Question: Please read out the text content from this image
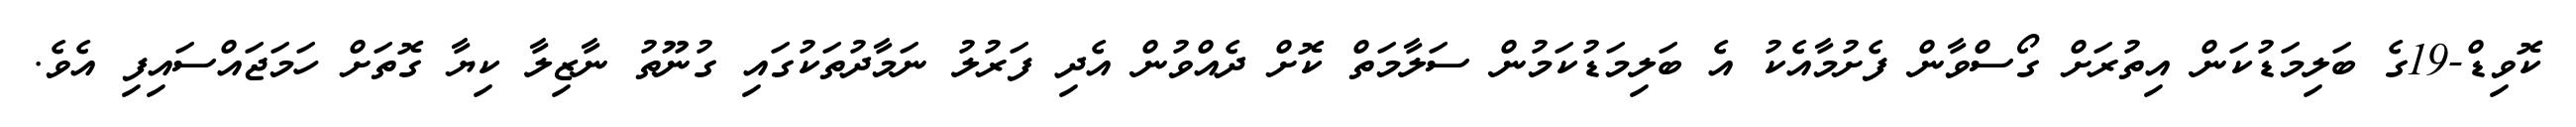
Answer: ކޮވިޑް-19ގެ ބަލިމަޑުކަން އިތުރަށް ގޯސްވާން ފެށުމާއެކު އެ ބަލިމަޑުކަމުން ސަލާމަތް ކޮށް ދެއްވުން އެދި ފަރުލު ނަމާދުތަކުގައި ގުނޫތު ނާޒިލާ ކިޔާ ގޮތަށް ހަމަޖައްސައިފި އެވެ.